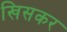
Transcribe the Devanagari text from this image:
खिसकर